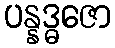
ပန္နဒ္ဓဇော